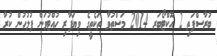
ބުރާސްފަތި 2 އޮކްޓޯބަރ 2014 މަސްތުވާ ތަކެތީގެ ވިޔަފާރި ހުއްޓުވަން ފުލުހުން ކުރާ